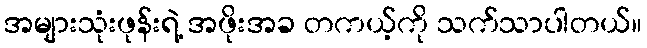
အများသုံးဖုန်းရဲ့ အဖိုးအခ တကယ့်ကို သက်သာပါတယ်။